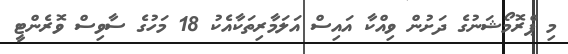
މި ޕްރޮމޯޝަނުގެ ދަށުން ވިއްކާ އައިސް އަލަމާރިތަކާއެކު 18 މަހުގެ ސާވިސް ވޮރެންޓީ